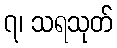
၇၊ သရသုတ်